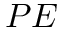
P E